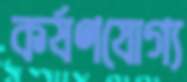
কর্ষণযোগ্য